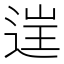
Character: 𨓏